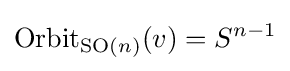
{\text{Orbit}}_{{\text{SO}}(n)}(v)=S^{n-1}